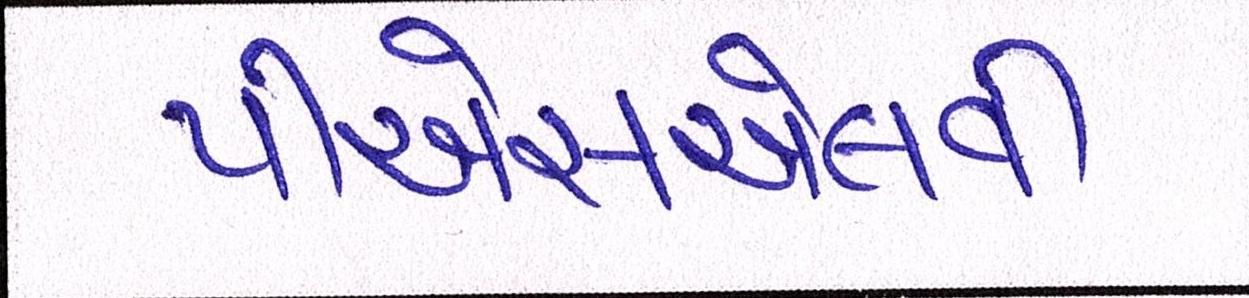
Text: પીએસએલવી